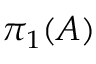
\pi _ { 1 } ( { \cal { A } } )